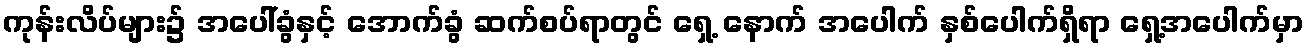
ကုန်းလိပ်များ၌ အပေါ်ခွံနှင့် အောက်ခွံ ဆက်စပ်ရာတွင် ရှေ့ နောက် အပေါက် နှစ်ပေါက်ရှိရာ ရှေ့အပေါက်မှာ